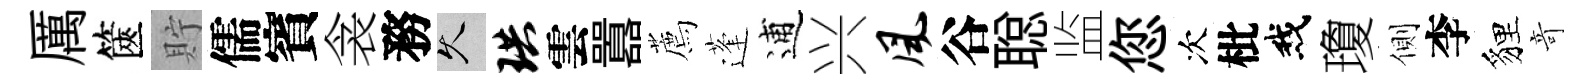
厲篋貯儒賓衾務久珙雲囂薦蓬逋兴风谷聪监您次枇我瓊側李貍竒